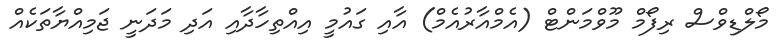
މޯލްޑިވްސް ރިފޯމް މޫވްމަންޓް (އެމްއާރުއެމް) އާއި ގައުމީ އިއްތިހާދާއި އަދި މަދަނީ ޖަމިއްޔާތަކެއް